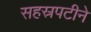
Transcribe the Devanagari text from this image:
सहस्रपटीने